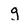
Character: g